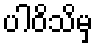
ပါဝိသိမှ